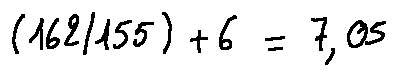
( 1 6 2 / 1 5 5 ) + 6 = 7 . 0 5